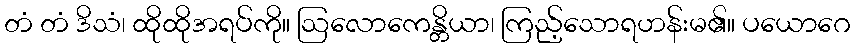
တံ တံ ဒိသံ၊ ထိုထိုအရပ်ကို။ ဩလောကေန္တိယာ၊ ကြည့်သောရဟန်းမ၏။ ပယောဂေ